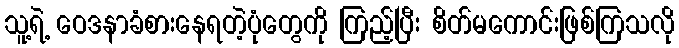
သူ့ရဲ့ ဝေဒနာခံစားနေရတဲ့ပုံတွေကို ကြည့်ပြီး စိတ်မကောင်းဖြစ်ကြသလို